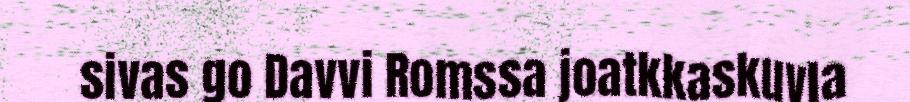
sivas go Davvi Romssa joatkkaskuvla